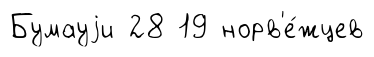
Бумауjи 28 19 норв'е́жцев